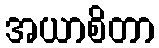
အယာစိတာ